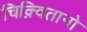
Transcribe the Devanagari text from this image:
चिक़्वितानो